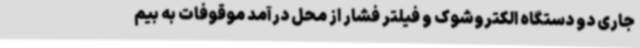
جاری دو دستگاه الکتروشوک و فیلتر فشار از محل درآمد موقوفات به بیم